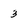
Character: 3